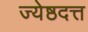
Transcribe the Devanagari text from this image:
ज्येष्ठदत्त